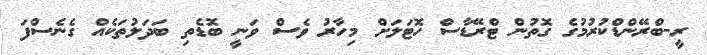
ރީ-ބްރޭންޑްކުރުމުގެ ގޮތުން ޓްރޭޑާސް ހޮޓަލަށް މިހާރު ވެސް ވަނީ ބޮޑެތި ބަދަލުތަކެއް ގެނެސްފަ